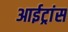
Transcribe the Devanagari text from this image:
आईट्रांस